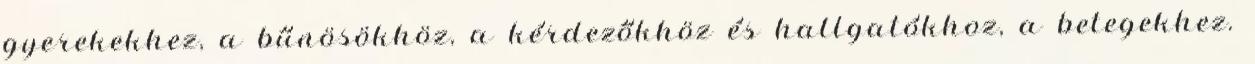
gyerekekhez, a bűnösökhöz, a kérdezőkhöz és hallgatókhoz, a betegekhez.